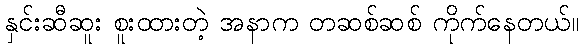
နှင်းဆီဆူး စူးထားတဲ့ အနာက တဆစ်ဆစ် ကိုက်နေတယ်။